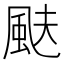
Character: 颫